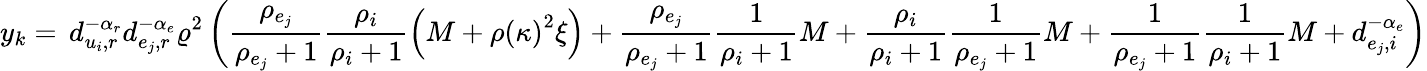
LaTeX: y_{k}=\, d_{u_{i},r}^{-\alpha_{r}}d_{e_{j},r}^{-\alpha_{e}}\varrho^{2}\left(\frac{\rho_{e_{j}}}{\rho_{e_{j}}+1}\frac{\rho_{i}}{\rho_{i}+1}\left(M+\rho\left(\kappa\right)^{2}\xi\right)+\frac{\rho_{e_{j}}}{\rho_{e_{j}}+1}\frac{1}{\rho_{i}+1}M+\frac{\rho_{i}}{\rho_{i}+1}\frac{1}{\rho_{e_{j}}+1}M+\frac{1}{\rho_{e_{j}}+1}\frac{1}{\rho_{i}+1}M+d_{e_{j},i}^{-\alpha_{e}}\right)